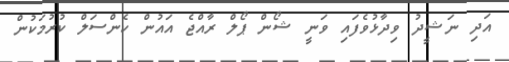
އަދި ނަޝީދު ވިދާޅުވެފައި ވަނީ ޝޯން ޕޯލް ރާއްޖެ އައުން ކެންސަލް ކުރުމަކުން